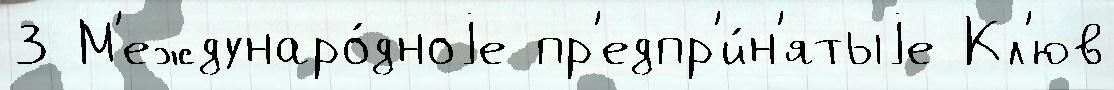
3 М'еждунаро́дноjе пр'едпр'и́н'ятыjе Кл'юв